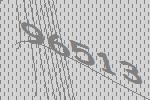
96513